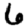
Digit: 6